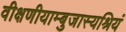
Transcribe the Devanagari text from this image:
वीक्षणीयाम्बुजास्यश्रियं